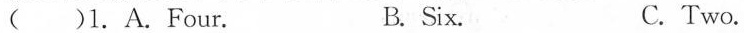
()1.A.Four. B. Six. C. Two.